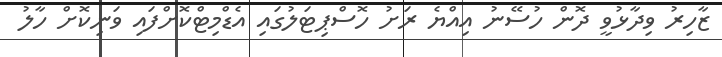
ޒާހިރު ވިދާޅުވީ ދޮން ހުސޭނު އިއްޔެ ރަށު ހޮސްޕިޓަލުގައި އެޑްމިޓްކޮށްފައި ވަނިކޮށް ހާލު